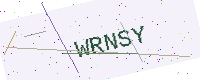
Text: WRNSY